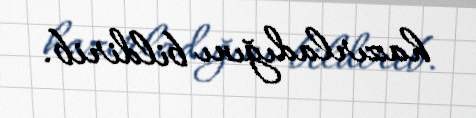
hazırladığını bildirib.